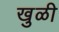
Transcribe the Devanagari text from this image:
खुळी